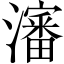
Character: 瀋